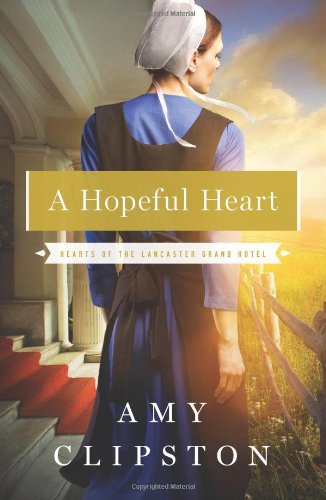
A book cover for A Hopeful Heart (Hearts of the Lancaster Grand Hotel); Amy Clipston; Christian Books & Bibles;